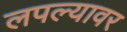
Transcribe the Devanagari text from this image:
लपल्यावर